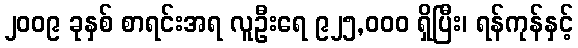
၂၀၀၉ ခုနှစ် စာရင်းအရ လူဦးရေ ၉၂၅,၀၀၀ ရှိပြီး၊ ရန်ကုန်နှင့်